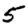
Digit: 5